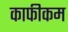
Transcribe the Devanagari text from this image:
काफीकम